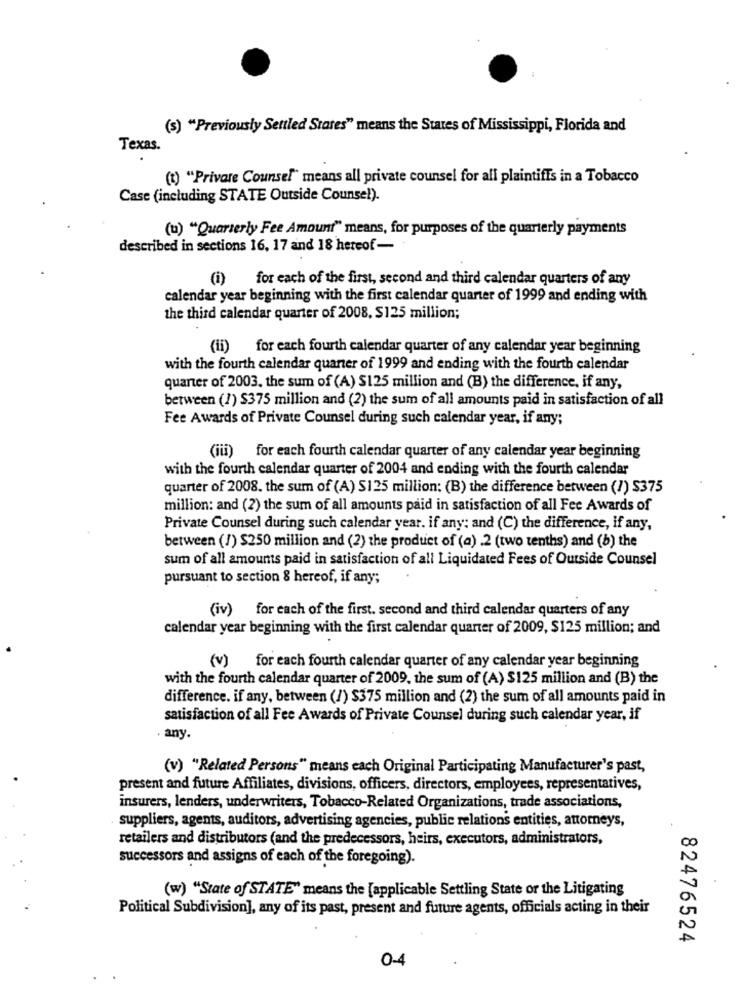
(s) "Previously Settled States" means the States of Mississippi, Florida and
Texas.
(t) "Privare Counsel" means all private counsel for all plaintiffs in a Tobacco
Case (including STATE Outside Counsel).
(u) "Quarterly Fee Amount" means, for purposes of the quarterly payments
described in sections 16, 17 and 18 hereof-
for each of the first, second and third calendar quarters of any
calendar year beginning with the first calendar quarter of 1999 and ending with
the third calendar quarter of 2008, $125 million;
(ii) for each fourth calendar quarter of any calendar year beginning
with the fourth calendar quarter of 1999 and ending with the fourth calendar
quarter of 2003. the sum of (A) $125 million and (B) the difference, if any,
between (1) $375 million and (2) the sum of all amounts paid in satisfaction of all
Fee Awards of Private Counsel during such calendar year, if any;
(iii) for each fourth calendar quarter of any calendar year beginning
with the fourth calendar quarter of 2004 and ending with the fourth calendar
quarter of 2008. the sum of (A) $125 million: (B) the difference between (/) $375
million: and (2) the sum of all amounts paid in satisfaction of all Fee Awards of
Private Counsel during such calendar year. if any: and (C) the difference, if any,
between (/) $250 million and (2) the product of (a) 2 (two tenths) and (b) the
sum of all amounts paid in satisfaction of all Liquidated Fees of Outside Counsel
pursuant to section 8 hereof, if any;
(iv) for each of the first. second and third calendar quarters of any
calendar year beginning with the first calendar quarter of 2009, $125 million; and
(v) for each fourth calendar quarter of any calendar year beginning
with the fourth calendar quarter of 2009, the sum of (A) $125 million and (B) the
difference. if any, between (/) $375 million and (2) the sum of all amounts paid in
satisfaction of all Fee Awards of Private Counsel during such calendar year, if
. any.
(v) "Related Persons" means each Original Participating Manufacturer's past,
present and future Affiliates, divisions, officers, directors, employees, representatives,
insurers, lenders, underwriters, Tobacco-Related Organizations, trade associations,
suppliers, agents, auditors, advertising agencies, public relations entities, attorneys,
retailers and distributors (and the predecessors, heirs, executors, administrators,
successors and assigns of each of the foregoing).
(w) "State of STATE" means the [applicable Settling State or the Litigating
Political Subdivision], any of its past, present and future agents, officials acting in their
82476524
0-4